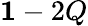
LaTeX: {\mathbf 1}-2Q